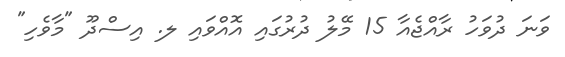
ވަނަ ދުވަހު ރާއްޖެއާ 15 މޭލު ދުރުގައި އޮއްވައި ލ. އިސްދޫ "މާވެހި"